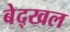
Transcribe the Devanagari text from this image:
बेद्खल